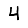
Digit: 4